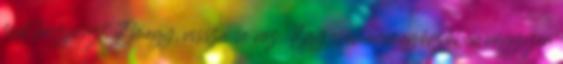
font készpénzt. Elmegy, vissza se néz. Egy csomagmegőrzőben négyezer